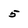
Character: 5